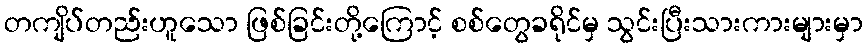
တကျိပ်တည်းဟူသော ဖြစ်ခြင်းတို့ကြောင့် စစ်တွေခရိုင်မှ သွင်းပြီးသားကားများမှာ